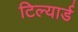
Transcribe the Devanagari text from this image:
टिल्यार्ड